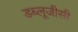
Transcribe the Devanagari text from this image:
डब्लूजीसी